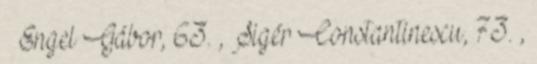
– Engel Gábor, 63. , Sigér Constantinescu, 73. ,